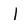
Character: 1